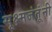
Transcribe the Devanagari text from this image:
सूक्ष्मजंतूंनी